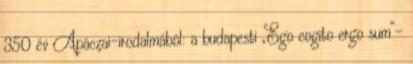
350 év Apáczai-irodalmából: a budapesti „Ego cogito ergo sum”-